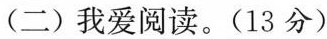
(二)我爱阅读。(13分)